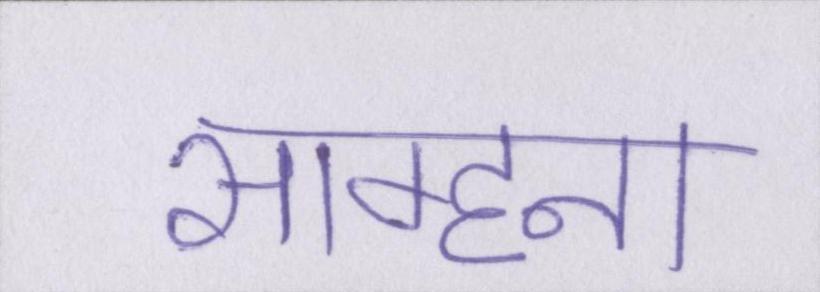
साम्हना